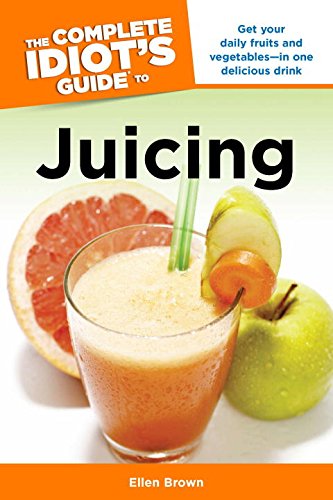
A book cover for The Complete Idiot's Guide to Juicing (Complete Idiot's Guides (Lifestyle Paperback)); Ellen Brown; Cookbooks, Food & Wine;